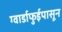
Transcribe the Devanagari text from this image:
ग्वार्डाफुईपासून